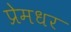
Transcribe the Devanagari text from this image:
प्रेमधर